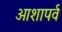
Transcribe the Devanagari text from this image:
आशापर्व